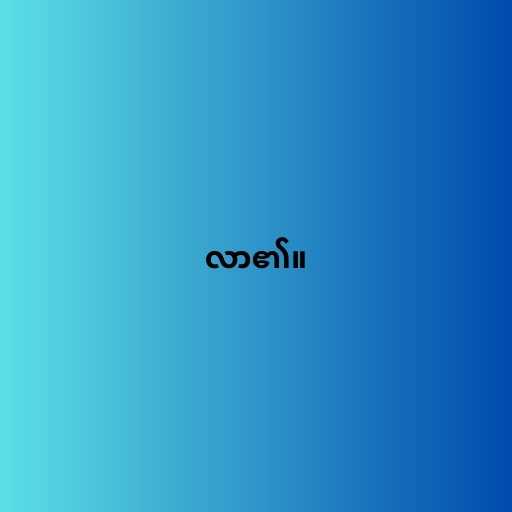
လာ၏။